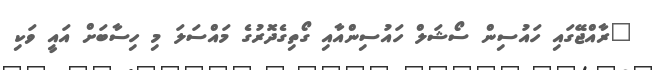
"ރާއްޖޭގައި ހައުސިން ސޯޝަލް ހައުސިންއާއި ގޯތިގެދޮރުގެ މައްސަލަ މި ހިސާބަށް އައީ ވަކި